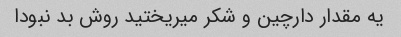
یه مقدار دارچین و شکر میریختید روش بد نبودا